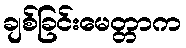
ချစ်ခြင်းမေတ္တာက